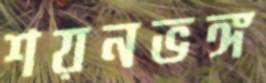
শয়নভঙ্গ